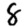
Digit: 8